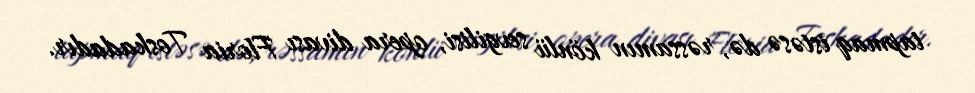
tapmaq istəsə də, rəssamın könlü sevgilisi, opera divası Floria Toskadadır.